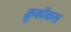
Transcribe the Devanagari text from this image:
क्रूकॉकस